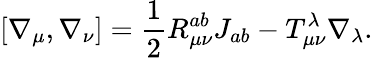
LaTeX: [\nabla_{\mu},\nabla_{\nu}]=\frac{1}{2}R_{\mu\nu}^{ab}J_{ab}-T_{\mu\nu}^{\lambda}\nabla_{\lambda}.